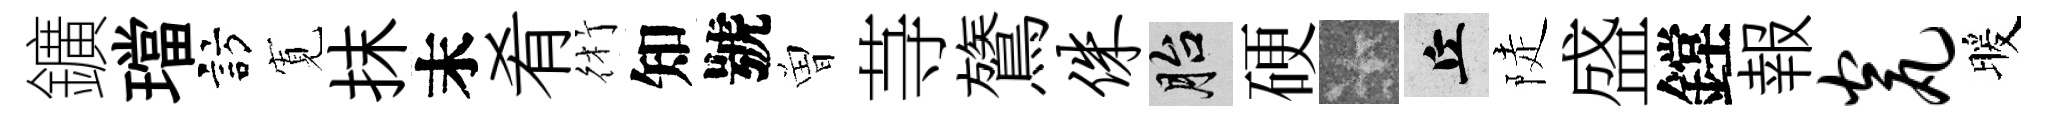
鑛璫訪𡩖抹末肴術知號曽䒭鷟侏胎硬卡丘陡盛鏜報瓮暖